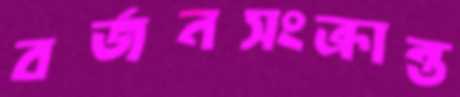
বর্জনসংক্রান্ত